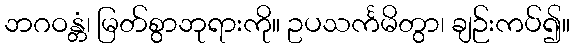
ဘဂဝန္တံ၊ မြတ်စွာဘုရားကို။ ဥပသင်္ကမိတွာ၊ ချဉ်းကပ်၍။